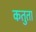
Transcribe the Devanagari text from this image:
कतुता